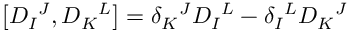
\left[ D _ { I } { } ^ { J } , D _ { K } { } ^ { L } \right] = \delta _ { K } { } ^ { J } D _ { I } { } ^ { L } - \delta _ { I } { } ^ { L } D _ { K } { } ^ { J }